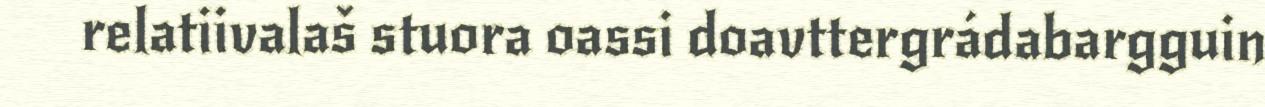
relatiivalaš stuora oassi doavttergrádabargguin